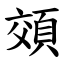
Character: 頝